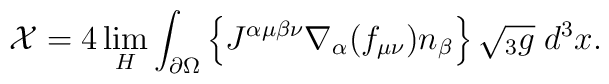
{\cal X}=4 \lim_H \int_{\partial\Omega}   \left\{         J^{\alpha\mu\beta\nu}         \nabla_{\alpha}( f_{\mu\nu} ) n_\beta  \right\}   \sqrt{{}_3 g} \; d^3x.